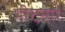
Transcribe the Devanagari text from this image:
पीटना।